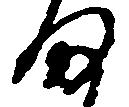
ま